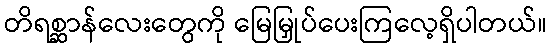
တိရစ္ဆာန်လေးတွေကို မြေမြှုပ်ပေးကြလေ့ရှိပါတယ်။